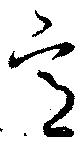
意